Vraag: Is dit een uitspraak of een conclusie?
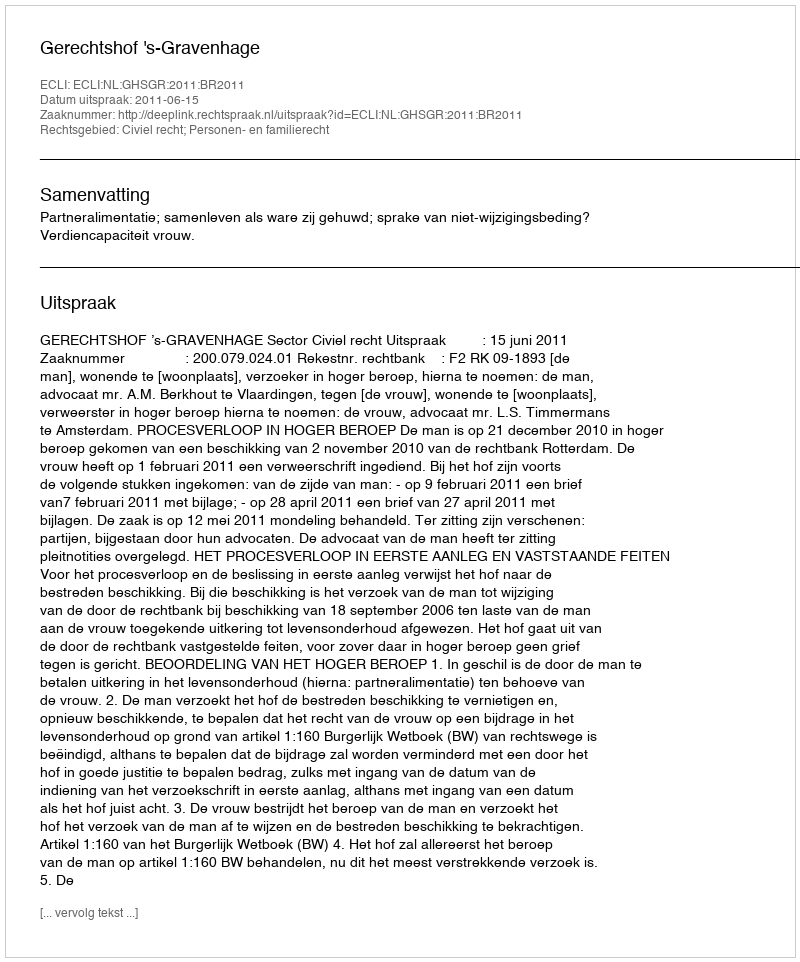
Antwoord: Uitspraak